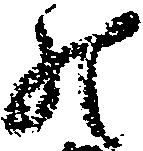
の